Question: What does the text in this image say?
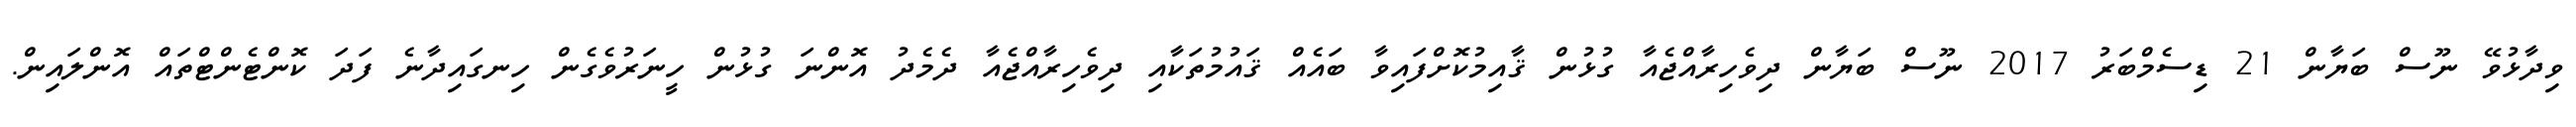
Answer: ވިދާޅުވޭ ނޫސް ބަޔާން 21 ޑިސެމްބަރު 2017 ނޫސް ބަޔާން ދިވެހިރާއްޖެއާ ގުޅުން ޤާއިމުކޮށްފައިވާ ބައެއް ޤައުމުތަކާއި ދިވެހިރާއްޖެއާ ދެމެދު އޮންނަ ގުޅުން ހީނަރުވެގެން ހިނގައިދާނެ ފަދަ ކޮންޓެންޓްތައް އޮންލައިން.